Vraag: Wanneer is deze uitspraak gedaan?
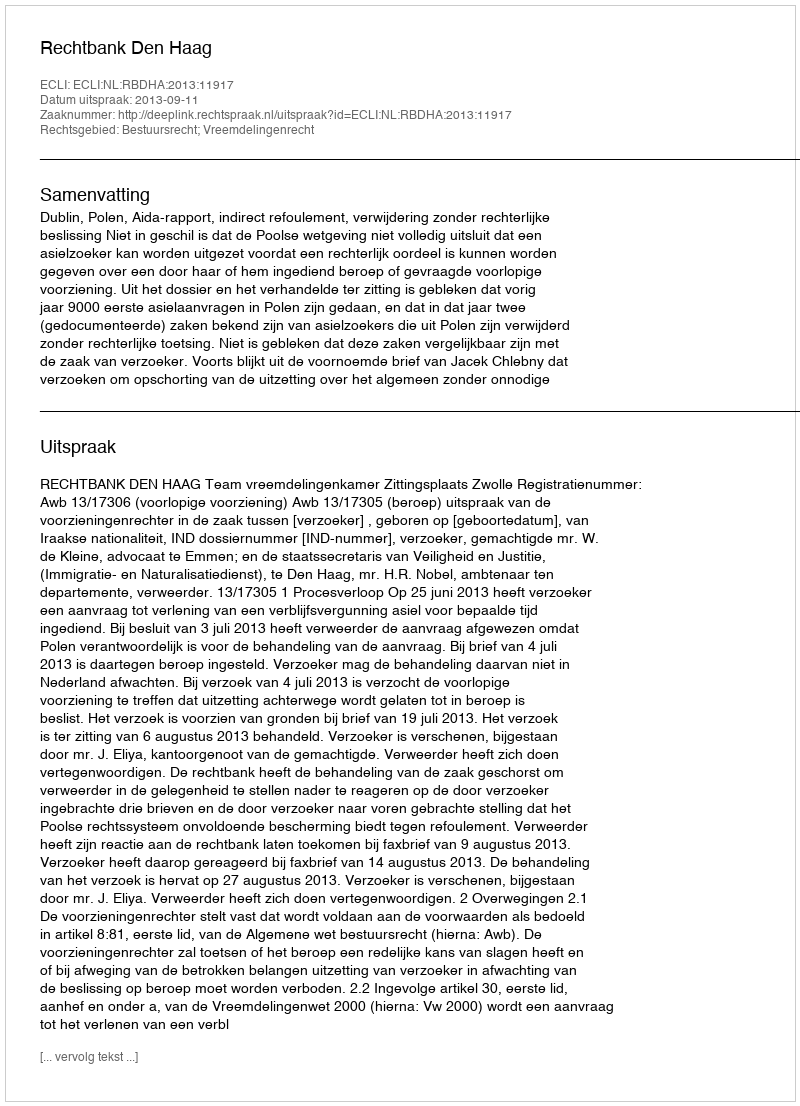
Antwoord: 2013-09-11